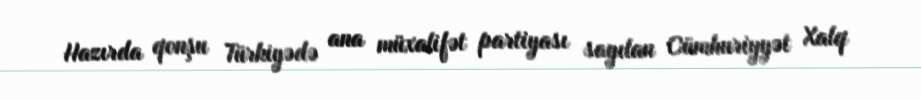
Hazırda qonşu Türkiyədə ana müxalifət partiyası sayılan Cümhuriyyət Xalq